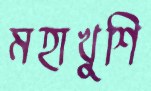
মহাখুশি